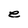
Character: e